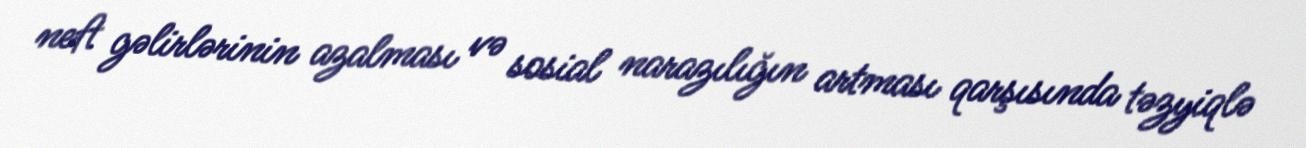
neft gəlirlərinin azalması və sosial narazılığın artması qarşısında təzyiqlə